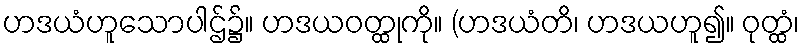
ဟဒယံဟူသောပါဌ်၌။ ဟဒယဝတ္ထုကို။ (ဟဒယံတိ၊ ဟဒယဟူ၍။ ဝုတ္ထံ၊